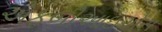
એફબીઆઇએસ